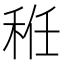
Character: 秹